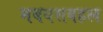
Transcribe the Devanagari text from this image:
मबवसवहल